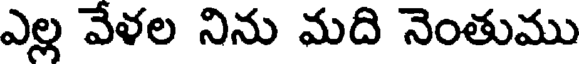
ఎల్ల వేళల నిను మది నెంతుము